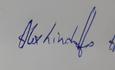
Signature authenticity: genuine